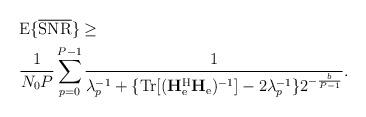
LaTeX: \begin{align*}&\mathrm{E}\{\overline{\mathrm{SNR}}\}\geq\\&\frac{1}{N_0P}\sum_{p=0}^{P-1}\frac{1}{\lambda_p^{-1}+\{\mathrm{Tr}[(\mathbf{H}_{\mathrm{e}}^{\mathrm{H}}\mathbf{H}_{\mathrm{e}})^{-1}]-2\lambda_p^{-1}\}2^{-\frac{b}{P-1}}}.\end{align*}